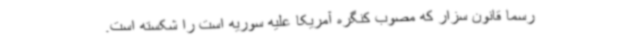
رسما قانون سزار که مصوب کنگره آمریکا علیه سوریه است را شکسته است.